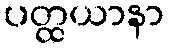
ပတ္ထယာနာ